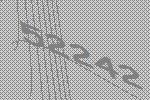
52242